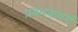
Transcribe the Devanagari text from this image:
प्रबंधकवर्ग